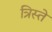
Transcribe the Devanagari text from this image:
त्रिस्ते